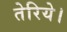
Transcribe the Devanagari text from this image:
तेरिये।